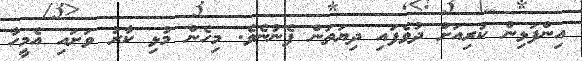
އިންފަޅިން ކުރިއަށް ދުވެފައި ދިޔަތަން ފެނުނެވެ. މިހެން މުޅި ކާރު ވަށައި އެމީހާ